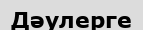
Дәулерге